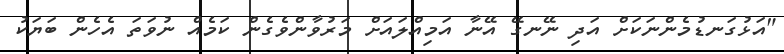
"އަޅުގަނޑުމެންނަކަށް އަދި ނޭނގޭ އޭނާ އަމިއްލައަށް މަރުވާންވެގެން ކަމެއް ނުވަތަ އެހެން ބަޔަކު